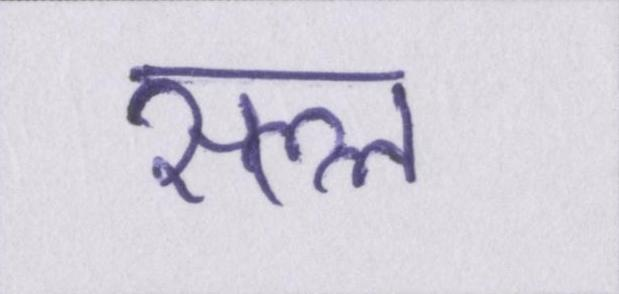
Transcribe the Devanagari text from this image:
सल्ल